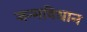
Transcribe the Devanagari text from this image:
जन्मविधान